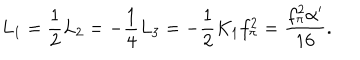
L _ { 1 } = \frac 1 2 L _ { 2 } = - \frac 1 4 L _ { 3 } = - \frac 1 2 K _ { 1 } f _ { \pi } ^ { 2 } = \frac { f _ { \pi } ^ { 2 } \alpha ^ { \prime } } { 1 6 } .